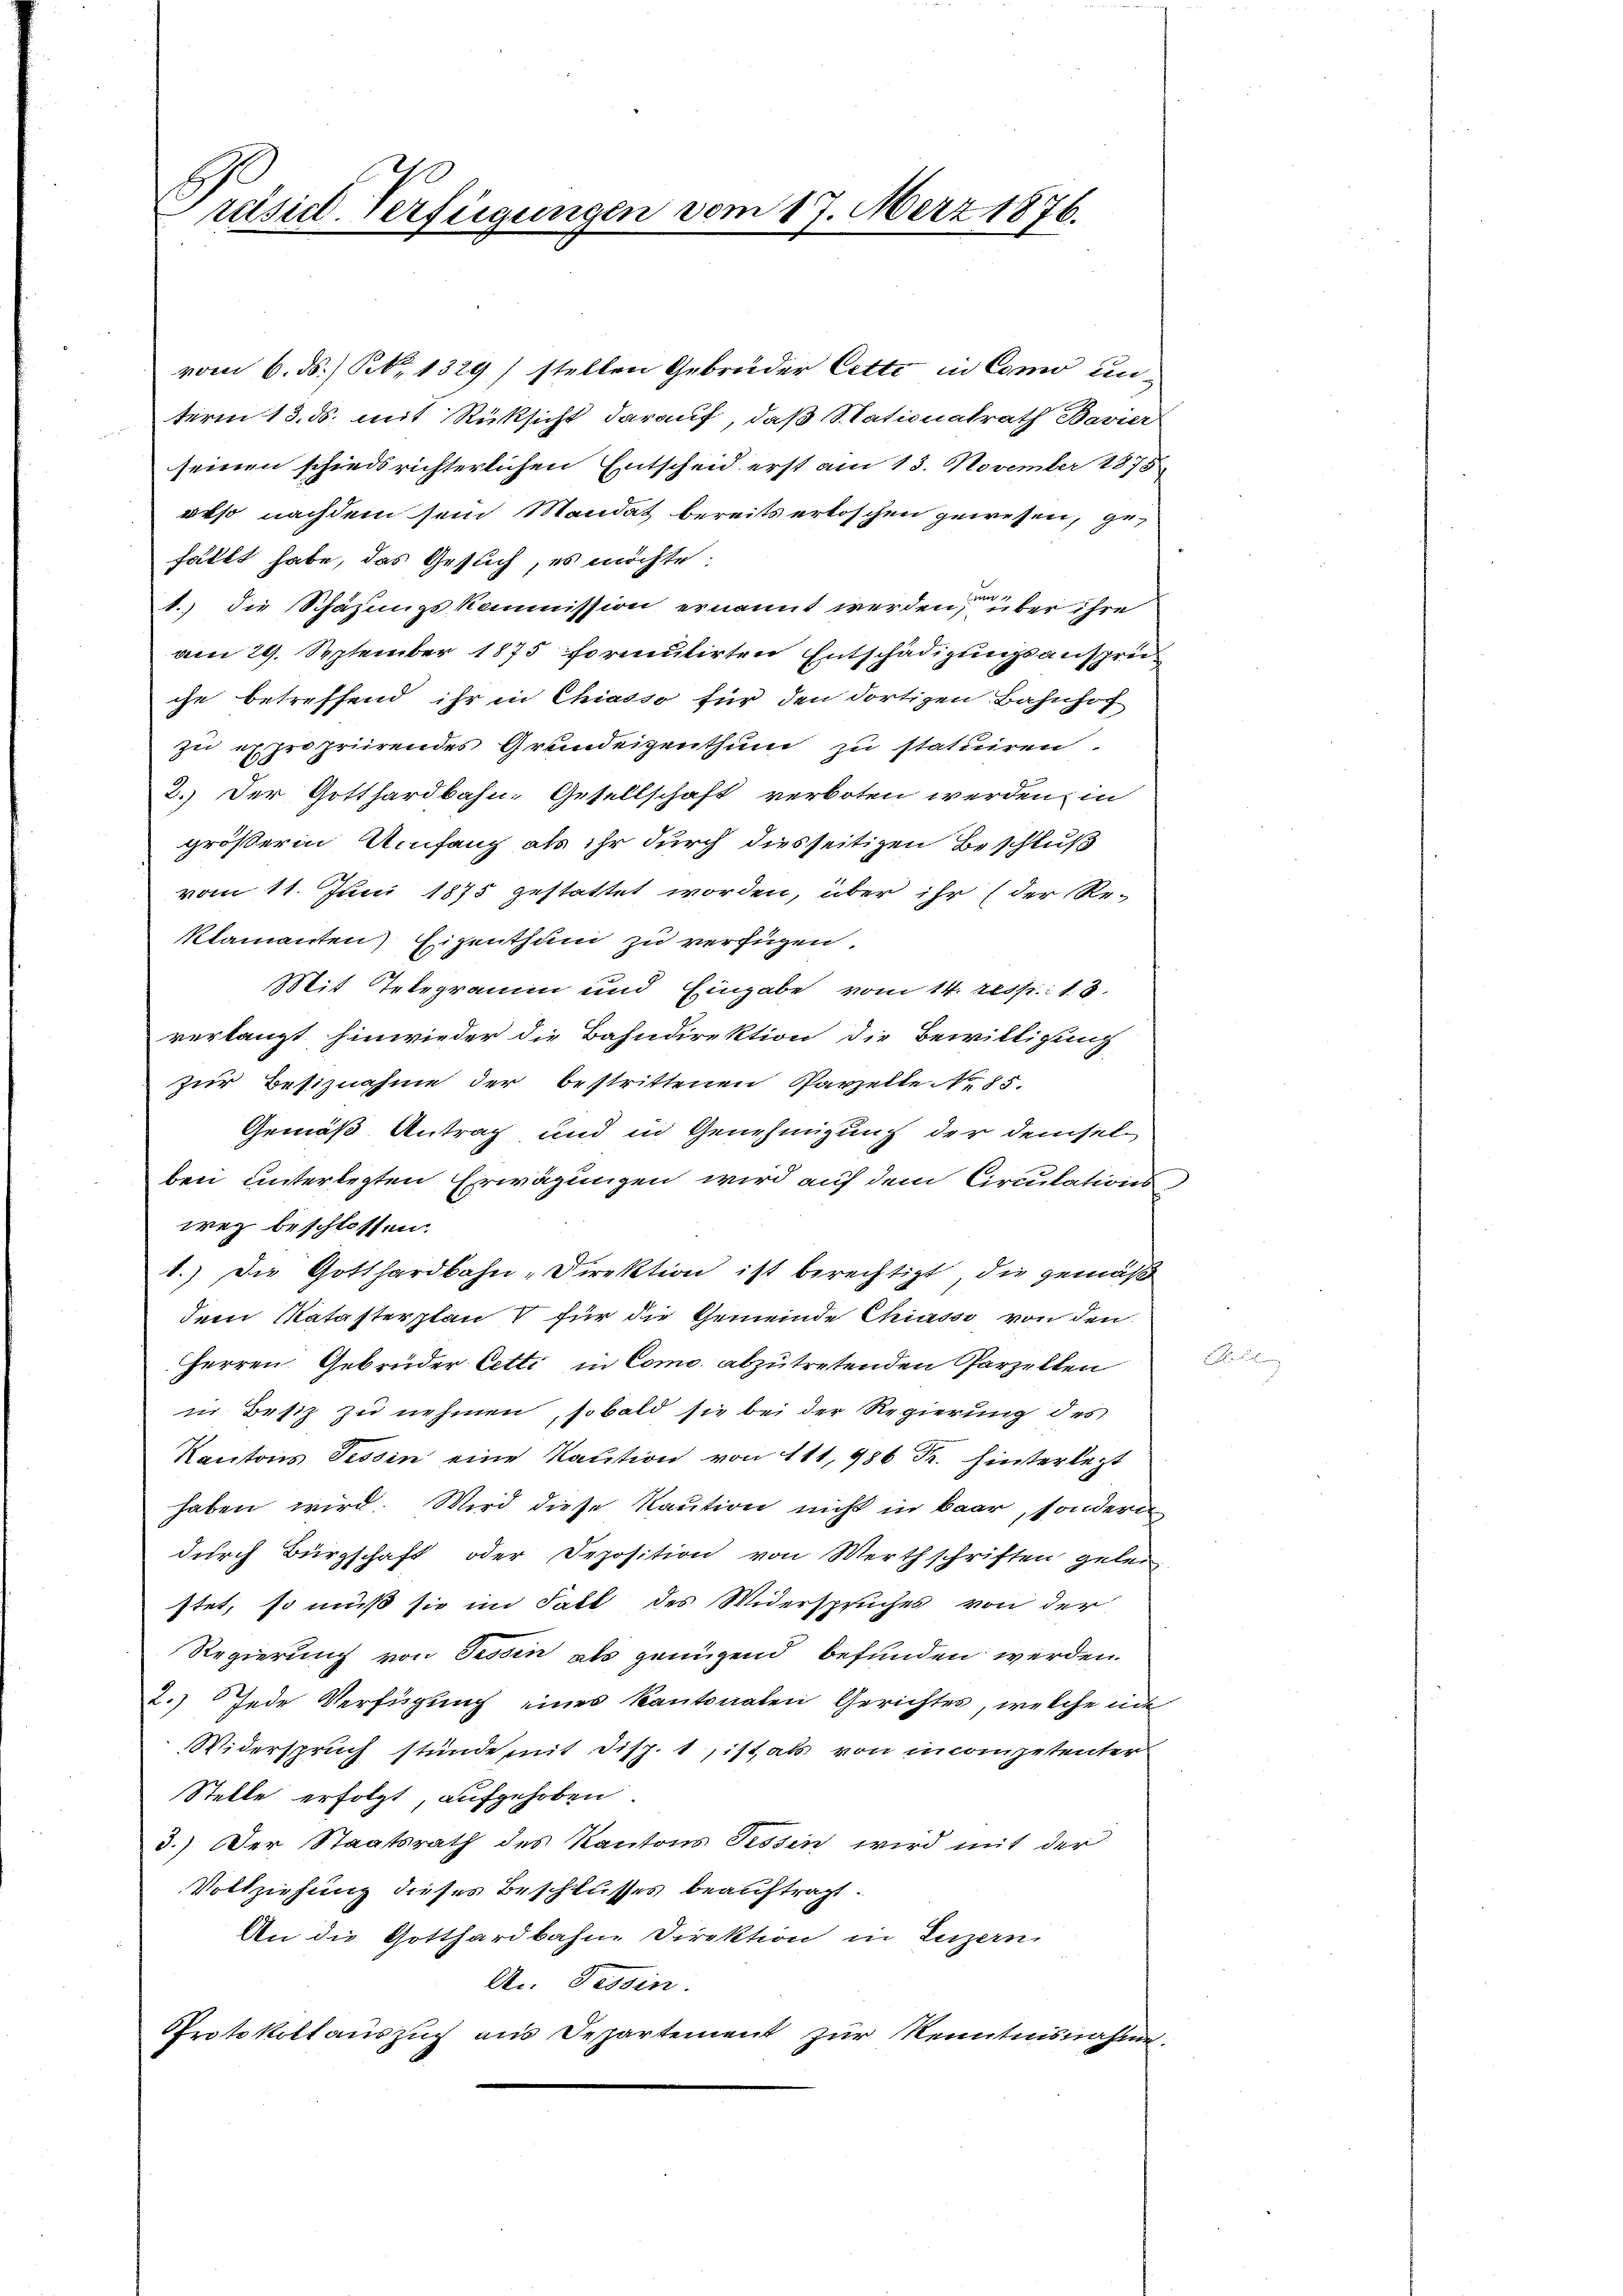
räsid. Verfügungen vom 17. März 1876.

vom 6. ds., N. 1329) stellen Gebrüder Cette in Como un
term 13. ds. mit Rücksicht darauf, daß Stationalrath Bavier
seinen schiedsrichterlichen Entscheid erst am 13. November 1875
ekso nachdem sein Mandat bereits erloschen gewesen, gehällt habe, das Gesuch, es möchte:
1.) die Schäzungskommission ernannt werden, über ihre
am 29. September 1875 formutirten Entschädigungsanspruche betreffend ihr in Chiasso für den dortigen Bahnhof
zu expropriirendes Grundeigenthum zu statuiren.
2.) Der Gotthardbahn- Gesellschaft verboten werden, in
größeren Umfang als ihr durch diesseitigen Beschluß
vom 11. Juni 1875 gestattet worden, über ihr (der Re-
klamanten Eigenthum zu verfügen.
Mit Telegramm und Eingabe vom 14. resp. 18.
verlangt hinwieder die Bahndirektion die Bewilligung
zur Besiznahme der bestrittenen Parzelle No. 85.
Gemäß Antrag und in Genehmigung der demselben unterlegten Erwägungen wird auf dem Circulations
wez beschlossen.
1.) Die Gotthardbahn-Direktion ist berechtigt, die gemäß
dem Natasterplan & für die Gemeinde Chiasso von den
Herren. Gebrüder Cetti in Como abzutretenden Parzellen
in Besiz zu nehmen, sobald sie bei der Regierung des
Kantons Tessin eine Kaution von 111, 986 Fr. hinterlegt
haben wird. Wird diese Kaution nicht in Baar, sondern
durch Bürgschaft oder Deposition von Werthschriften gelei
stet, so muß sie im Fall des Widerspruches von der
Regierung von Tessin als genügend befunden werden.
2.) Jede Verfügung eines Kantonalen Gerichtes, welche un
Widerspruch stunde mit Disp. 1, ist, als von incompetenter
Stelle erfolgt, aufgehoben.
3.) Der Staatsrath des Kantons Tessin wird mit der
Vollziehung dieses Beschlusses beauftragt.
An die Gotthardbahne Direktion in Luzern,
An Tessin.
Protokollauszug aus Departement zur Kenntnisnahme.

c